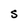
Character: S